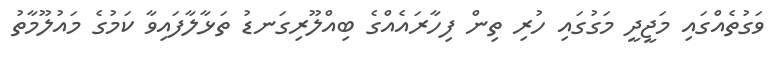
ވަގުތެއްގައި މަޖީދީ މަގުގައި ހުރި ތިން ފިހާރައެއްގެ ބިއްލޫރިގަނޑު ތަޅާލާފައިވާ ކަމުގެ މައުލޫމާތު